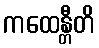
ကထေန္တီတိ